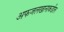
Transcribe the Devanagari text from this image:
अफजलखानाकडील